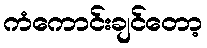
ကံကောင်းချင်တော့